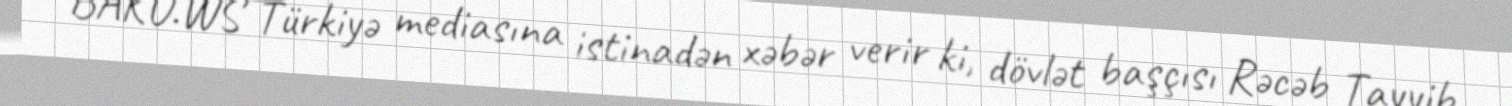
BAKU.WS Türkiyə mediasına istinadən xəbər verir ki, dövlət başçısı Rəcəb Tayyib